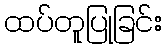
ထပ်တူပြုခြင်း